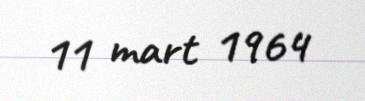
11 mart 1964